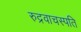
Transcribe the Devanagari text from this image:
रुद्रवाचस्पति